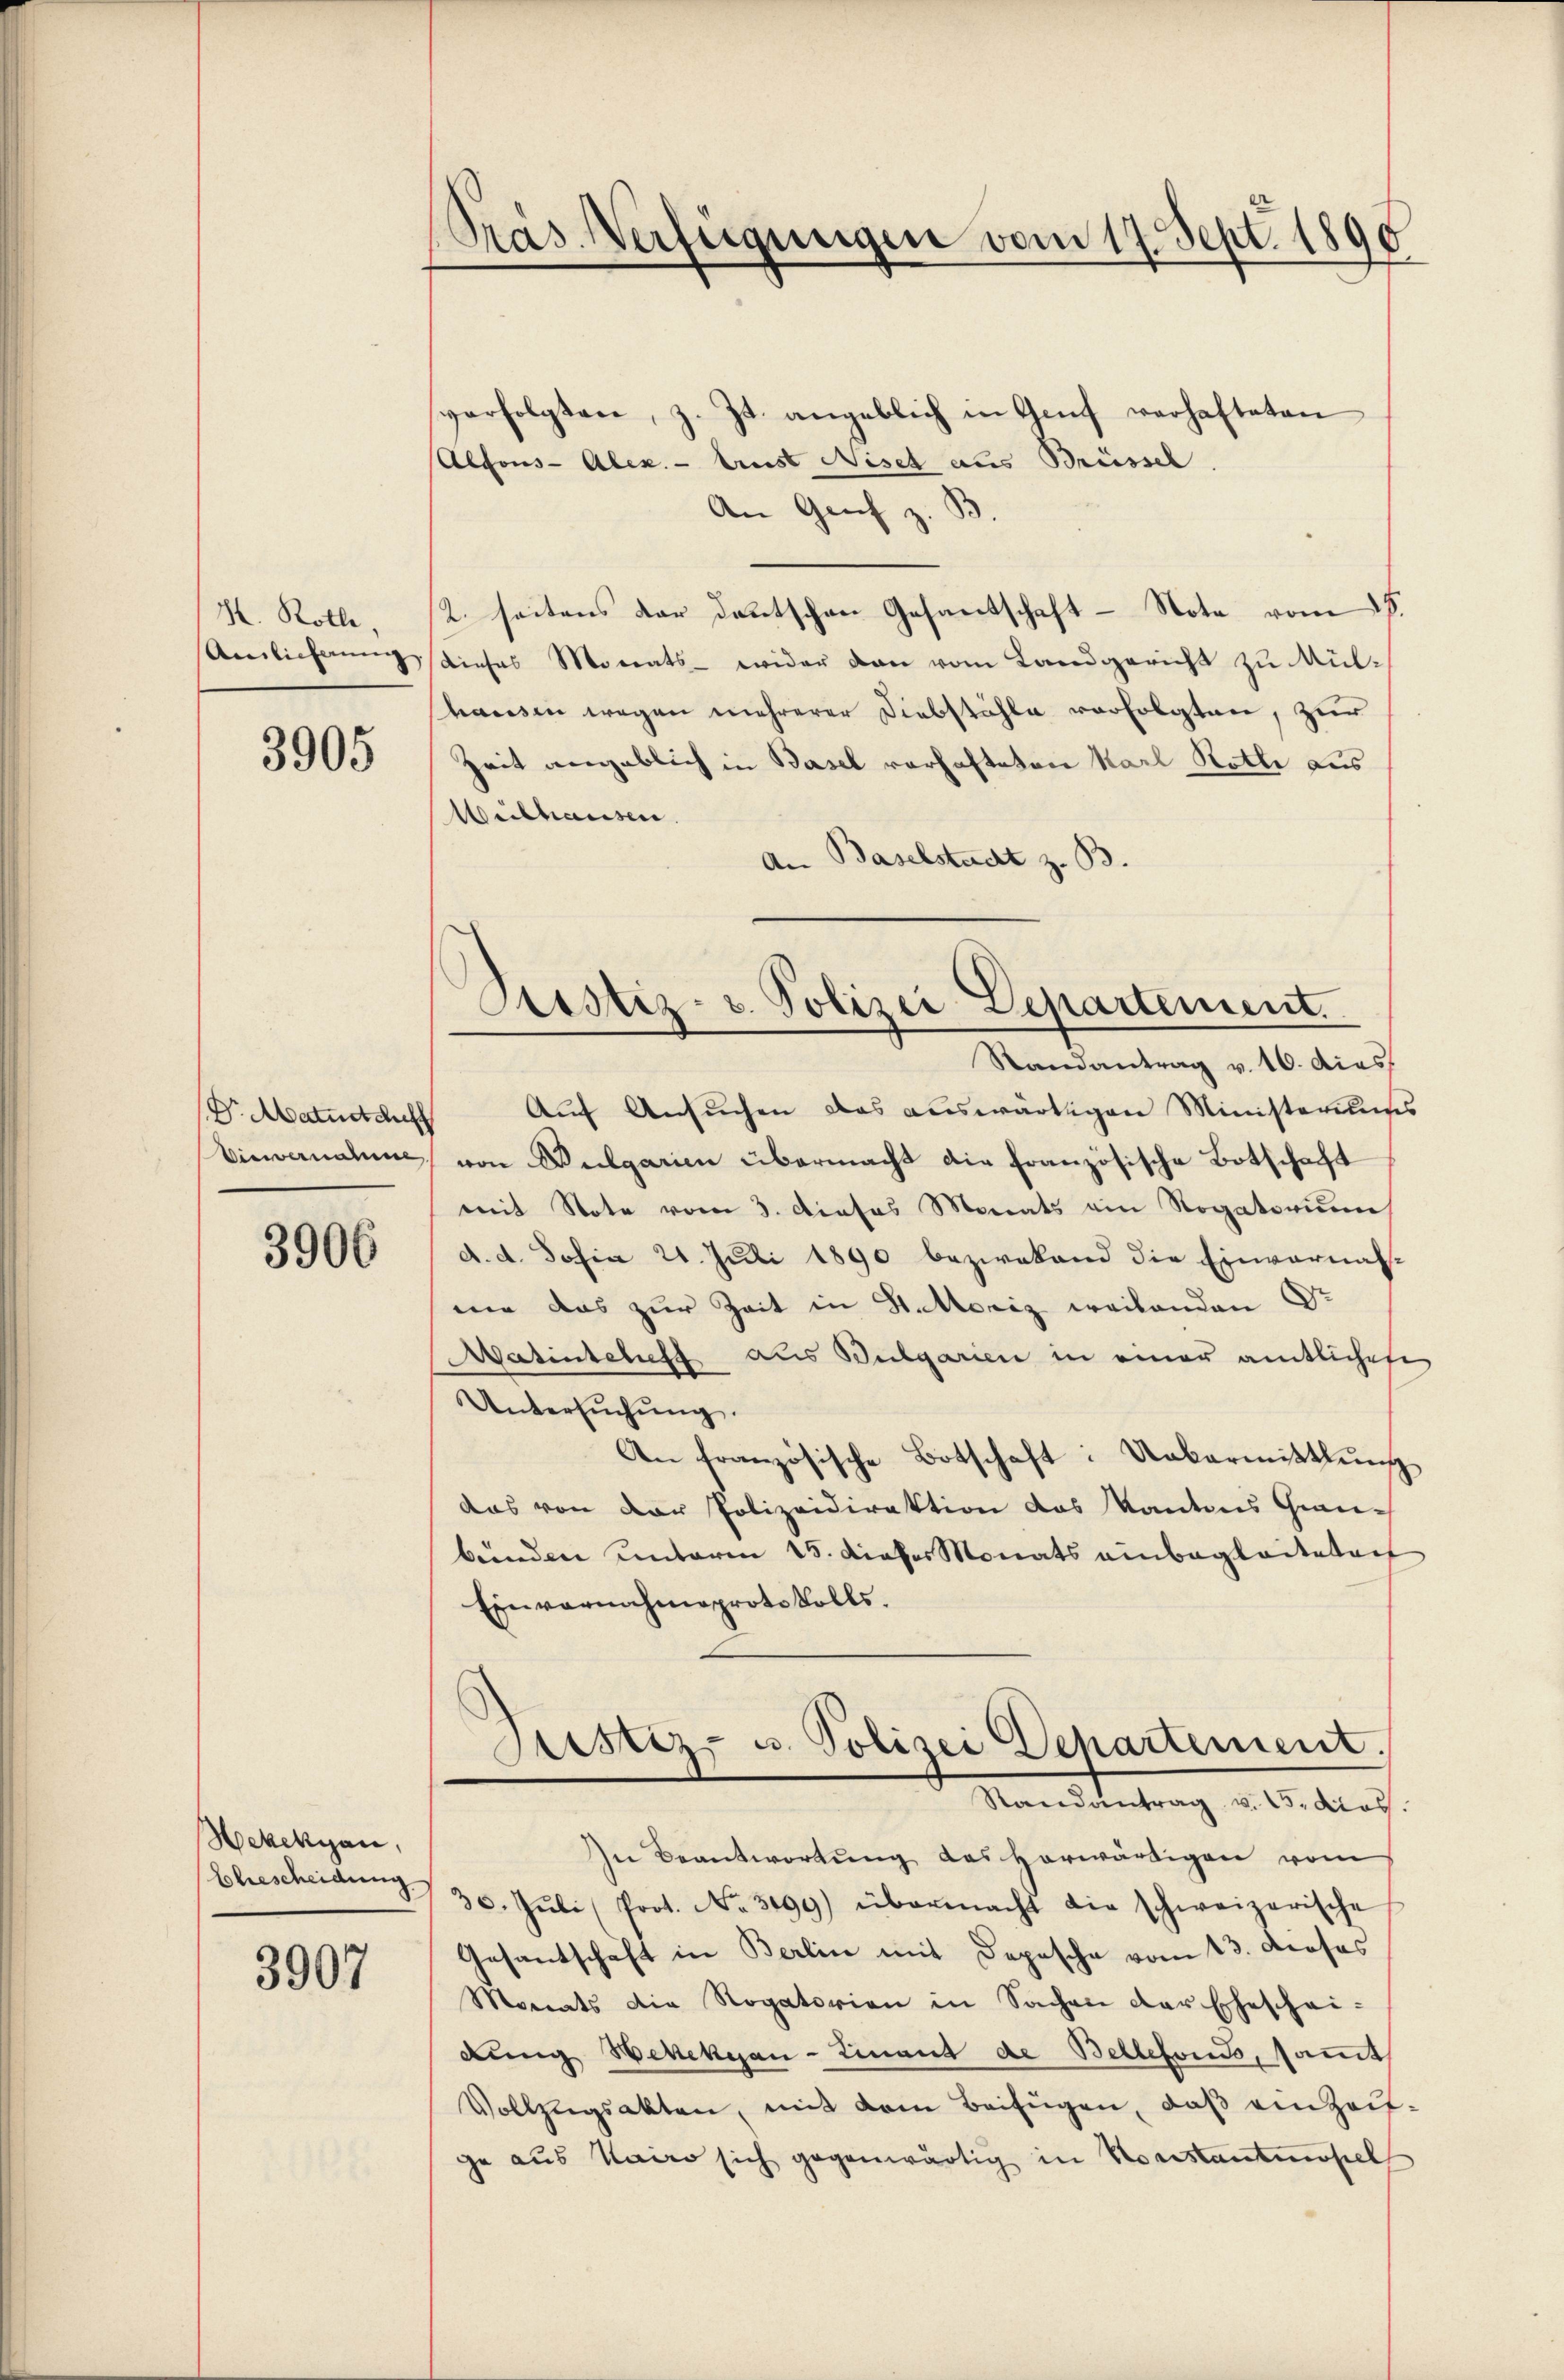
H. Kolle,
Auslieferung

3905

Dr. Maturteil

3906

Hekekyan,

3907

Pras Verfügungen vom 17. Sept. 1890

perfolgten, z. Zt. angeblich in Genf verhafteten
Alfons-Alex. - Arnst Niset aus Brüssel.
An Geich z. B.
2. seitens der deutschen Gesandschaft - Nota vom 18.
dieses Monats - wider dann vom Landgericht zu Mülhausen wegen mehrerer Diebstähle vorfolgten, zur
Zeit angeblich in Basel vorhafteten Karl Rotte aus
Weilhausen.
An Baselstadt z. B.
Auf Ansuchen das auswärtigen Ministerisses
Einvernalen, von Wulgarien übermacht die französische Botschaft
mit Note vom 3. Dieses Monats ein Rogatorum
d. d. Josia 21. Juli 1890 bezwekend die Einvernahwie das zur Zeit in Hitoriz weilenden Dr
Watinschluss aus Bulgarien in einer amtlichese
Untersŭchŭng.
An französische Botschaft: Uebermittlung
das von der Polizeidirektion das Kantons Genebunden unterm 15. dieses Monats einbegleitetent
Einvernahmeprotokolls.
Justiz- u. Polizei Departement.
1
Randantrag v. 15. dies
In Beantwortung des herwärtigen vom
Eberscheidung 30. Jŭli Prot. No. 3499) übermacht die schweizerische
Gesantschaft in Berlin mit Depesche vom 13. dieses
Monats die Rogatorien in Sachen der Eheschei-
dung Hekekyan-Zinant de Bellefonis, samt
Vollzugsakten, mit dem Beifügen, daß einzeitge aus Kairo sich gegenwärtig in Vorstantmosel

Astiz- u. Polizei Departement.
Randantrag v. 16. dies